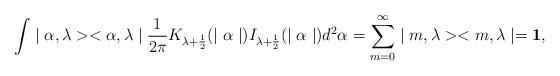
LaTeX: \begin{align*}\int\mid \alpha, \lambda ><\alpha, \lambda \mid{1\over 2\pi } K_{\lambda +\frac{1}{2}}(\mid \alpha \mid )I_{\lambda +\frac{1}{2}}(\mid \alpha \mid )d^2\alpha =\sum^{\infty }_{m=0}\mid m, \lambda><m, \lambda\mid = {\bf 1},\end{align*}